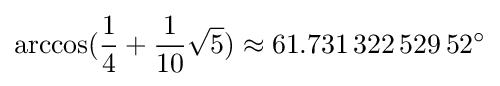
\arccos({\frac {1}{4}}+{\frac {1}{10}}{\sqrt {5}})\approx 61.731\,322\,529\,52^{\circ }